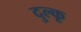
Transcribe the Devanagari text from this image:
दुल्कू